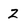
Character: 2